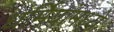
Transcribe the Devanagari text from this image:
धर्मियांमध्ये